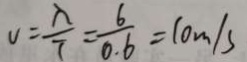
v = \frac { \lambda } { T } = \frac { 6 } { 0 . 6 } = 1 0 m / s